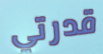
قدرتي